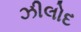
ઝીલોદ